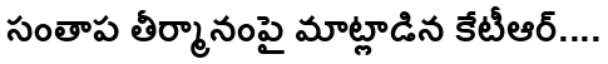
సంతాప తీర్మానంపై మాట్లాడిన కేటీఆర్....